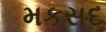
મકસદ